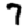
Digit: 7